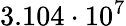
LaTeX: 3.104\cdot 10^{7}